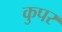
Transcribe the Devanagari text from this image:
कुपर